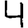
Digit: 4